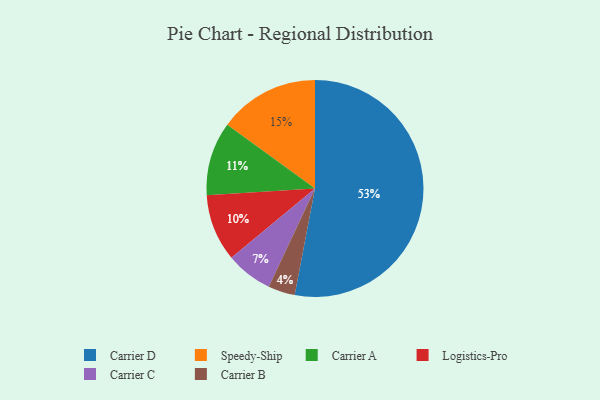
{"axis": {"x": "Category", "y": "Percentage"}, "legend": ["Carrier A", "Carrier B", "Carrier C", "Carrier D", "Logistics-Pro", "Speedy-Ship"], "data": [{"x": "Carrier D", "y": 53, "type": "Carrier D"}, {"x": "Carrier A", "y": 11, "type": "Carrier A"}, {"x": "Logistics-Pro", "y": 10, "type": "Logistics-Pro"}, {"x": "Speedy-Ship", "y": 15, "type": "Speedy-Ship"}, {"x": "Carrier C", "y": 7, "type": "Carrier C"}, {"x": "Carrier B", "y": 4, "type": "Carrier B"}]}